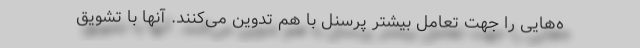
ه‌هایی را جهت تعامل بیشتر پرسنل با هم تدوین می‌کنند. آنها با تشویق